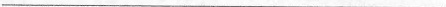
___